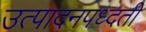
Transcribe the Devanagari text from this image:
उत्पादनपध्दती